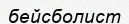
бейсболист